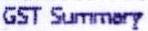
GST SUMMARY